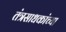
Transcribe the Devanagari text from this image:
तंत्रसाधकांच्या